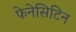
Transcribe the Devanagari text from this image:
फेनेसिटिन